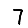
Digit: 7